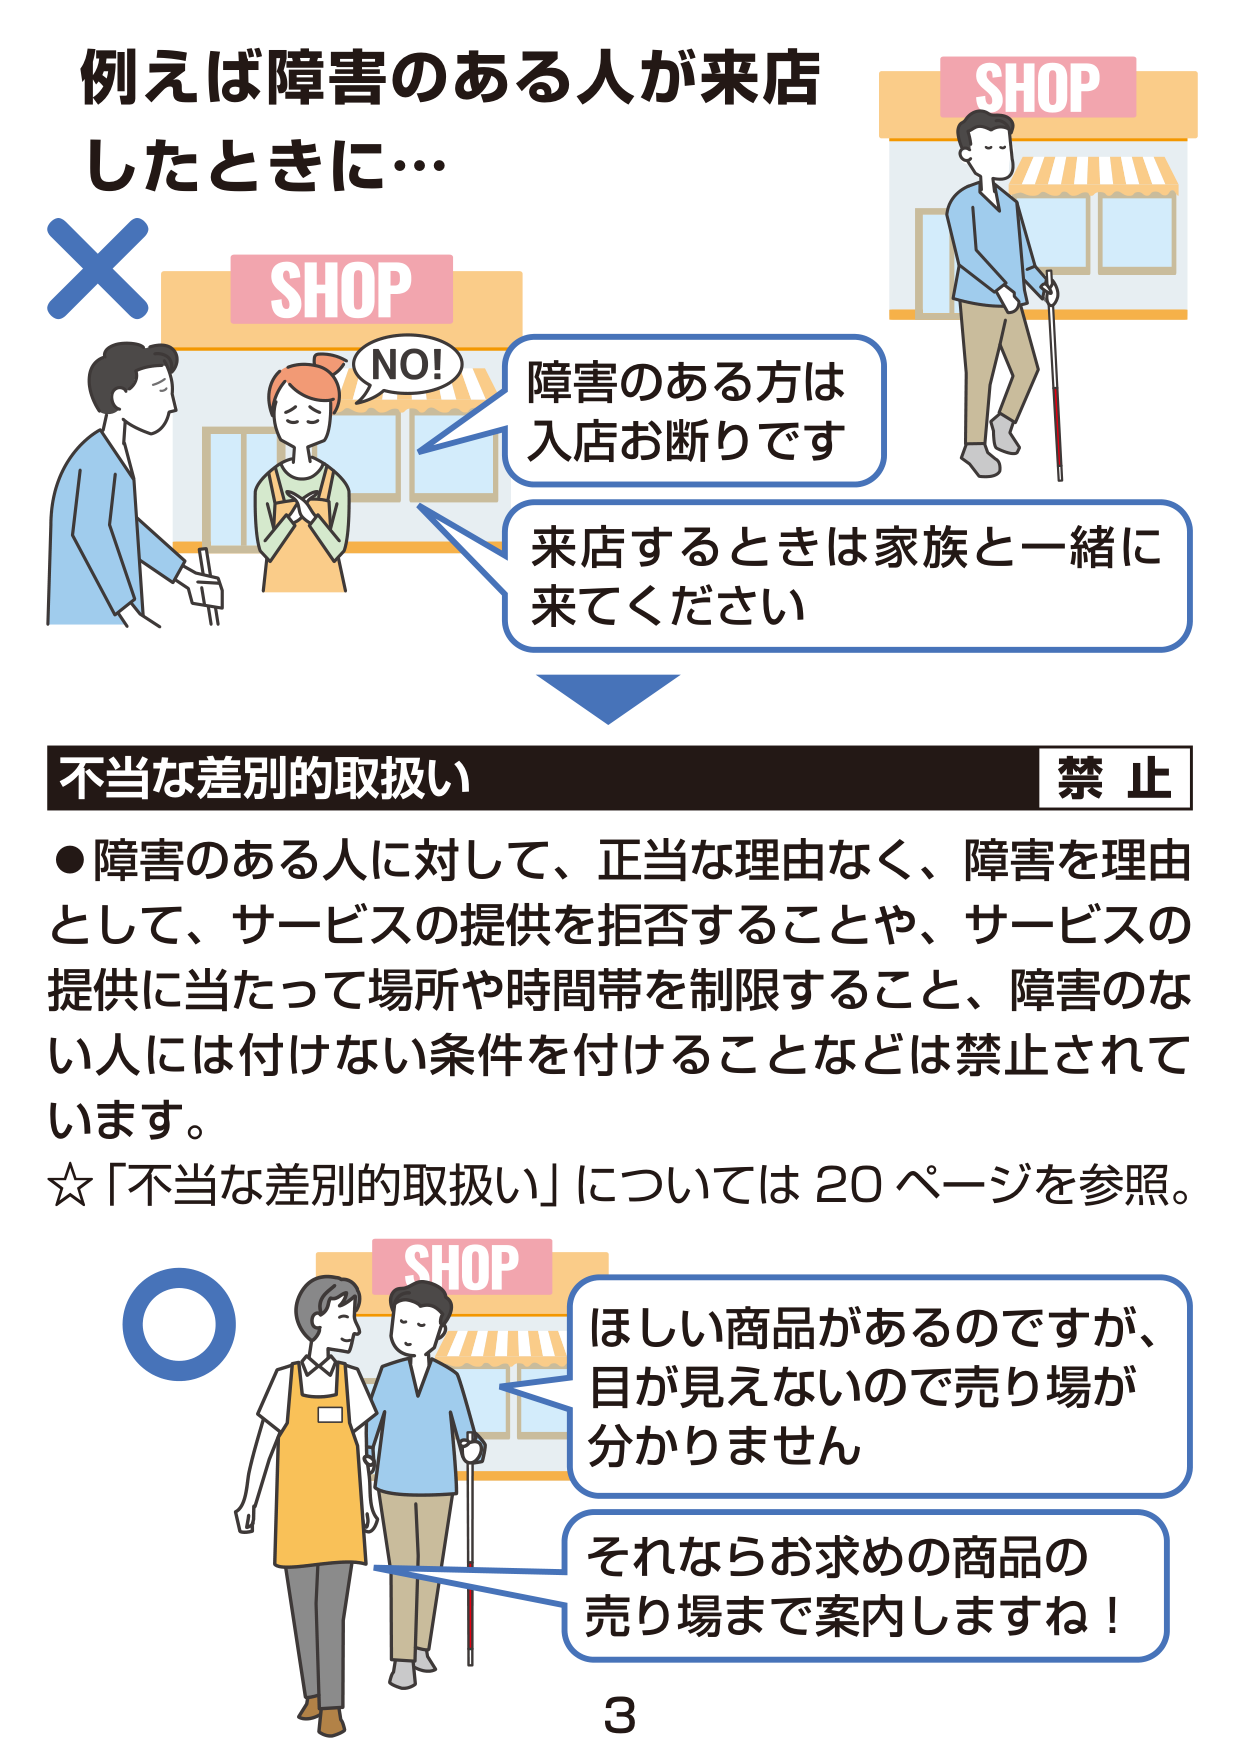
例えば障害のある人が来店
したときに…

SHOP

NO!
障害のある方は
入店お断りです
来店するときは家族と一緒に
来てください

不当な差別的取扱い 禁止
●障害のある人に対して、正当な理由なく、障害を理由として、サービスの提供を拒否することや、サービスの提供に当たって場所や時間帯を制限すること、障害のない人には付けない条件を付けることなどは禁止されています。
☆「不当な差別的取扱い」については20ページを参照。

SHOP
ほしい商品があるのですが、
目が見えないので売り場が
分かりません
それならお求めの商品の
売り場まで案内しますね！

3